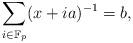
LaTeX: \begin{align*}\sum_{i \in \mathbb{F}_{p}}(x+ia)^{-1} = b, \end{align*}